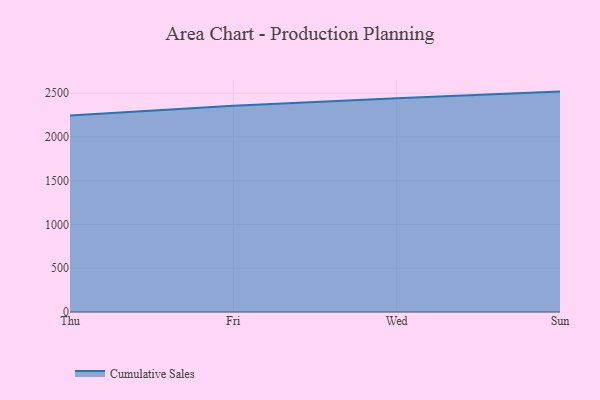
{"axis": {"x": "Day", "y": "Headcount"}, "legend": ["Cumulative Sales"], "data": [{"x": "Thu", "y": 2244.7, "type": "Cumulative Sales"}, {"x": "Fri", "y": 2356.9, "type": "Cumulative Sales"}, {"x": "Wed", "y": 2442.4, "type": "Cumulative Sales"}, {"x": "Sun", "y": 2518.0, "type": "Cumulative Sales"}]}